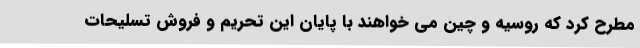
مطرح کرد که روسیه و چین می خواهند با پایان این تحریم و فروش تسلیحات